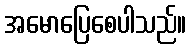
အမောပြေစေပါသည်။